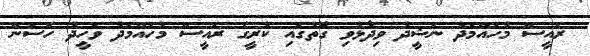
ރައީސް މުހައްމަދު ނަޝީދު ވިދާޅުވި ގޮތުގައި ކުރީގެ ރައީސް މުހައްމަދު ވަހީދު ހަސަން